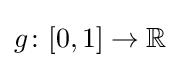
g\colon [0,1]\rightarrow \mathbb {R}